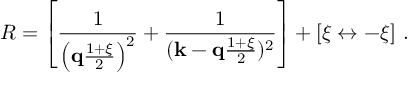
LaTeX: R = \left[ { \frac { 1 } { \left( { \bf q } { \frac { 1 + \xi } { 2 } } \right) ^ { 2 } } } + { \frac { 1 } { ( { \bf k } - { \bf q } { \frac { 1 + \xi } { 2 } } ) ^ { 2 } } } \right] + [ \xi \leftrightarrow - \xi ] \ .